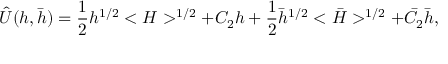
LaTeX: \hat { U } ( h , \bar { h } ) = { \frac { 1 } { 2 } } h ^ { 1 / 2 } < H > ^ { 1 / 2 } + C _ { 2 } h + { \frac { 1 } { 2 } } \bar { h } ^ { 1 / 2 } < \bar { H } > ^ { 1 / 2 } + \bar { C } _ { 2 } \bar { h } ,